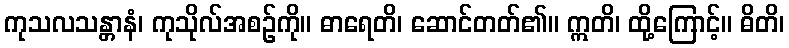
ကုသလသန္တာနံ၊ ကုသိုလ်အစဉ်ကို။ ဓာရေတိ၊ ဆောင်တတ်၏။ ဣတိ၊ ထို့ကြောင့်။ ဓိတိ၊